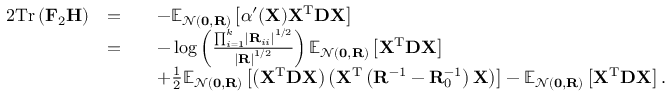
\begin{array} { r l r l } { { 2 } \mathrm { T r } \left( \mathbf { F } _ { 2 } \mathbf { H } \right) } & { = } & & { - \mathbb { E } _ { \mathcal { N } ( \mathbf { 0 } , \mathbf { R } ) } \left[ \alpha ^ { \prime } ( \mathbf { X } ) \mathbf { X } ^ { \mathrm { T } } \mathbf { D } \mathbf { X } \right] } \\ & { = } & & { - \log \left( \frac { \prod _ { i = 1 } ^ { k } \left| \mathbf { R } _ { i i } \right| ^ { 1 / 2 } } { \left| \mathbf { R } \right| ^ { 1 / 2 } } \right) \mathbb { E } _ { \mathcal { N } ( \mathbf { 0 } , \mathbf { R } ) } \left[ \mathbf { X } ^ { \mathrm { T } } \mathbf { D } \mathbf { X } \right] } \\ & { } & & { + \frac { 1 } { 2 } \mathbb { E } _ { \mathcal { N } ( \mathbf { 0 } , \mathbf { R } ) } \left[ \left( \mathbf { X } ^ { \mathrm { T } } \mathbf { D } \mathbf { X } \right) \left( \mathbf { X } ^ { \mathrm { T } } \left( \mathbf { R } ^ { - 1 } - \mathbf { R } _ { 0 } ^ { - 1 } \right) \mathbf { X } \right) \right] - \mathbb { E } _ { \mathcal { N } ( \mathbf { 0 } , \mathbf { R } ) } \left[ \mathbf { X } ^ { \mathrm { T } } \mathbf { D } \mathbf { X } \right] . } \end{array}